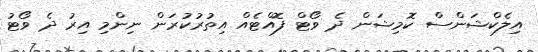
އިލެކްޝަންސް ކޮމިޝަން ދެ ވޯޓް ފޮއްޓެއް އިތުރުކުރަން ނިންމި އިރު ދެ ވޯޓު